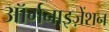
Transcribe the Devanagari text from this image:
ऑर्गनाइज़ेंशन